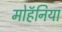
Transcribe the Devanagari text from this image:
मोहॅनिया